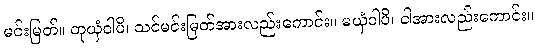
မင်းမြတ်။ တုယှံဝါပိ၊ သင်မင်းမြတ်အားလည်းကောင်း။ မယှံဝါပိ၊ ငါအားလည်းကောင်း။